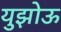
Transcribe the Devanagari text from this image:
युझोऊ